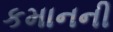
કમાનની